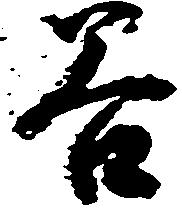
谷